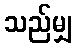
သည်မျှ